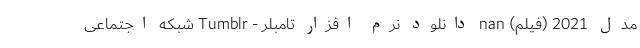
مدل 2021 (فیلم) nan دانلود نرم افزار تامبلر - Tumblr شبکه اجتماعی